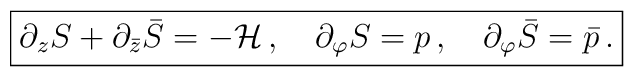
\fbox{$\displaystyle \partial_z S+\partial_{\bar{z}} \bar{S}=-{\cal H}\,,\quad\partial_{\varphi}S=p\, ,\quad \partial_{\varphi}\bar{S}=\bar{p}\, . $}\vspace{2mm}